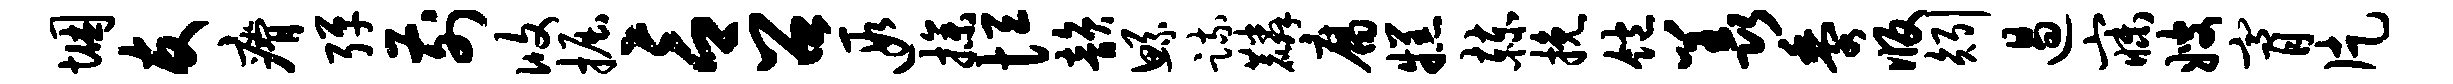
悃友瘠弹前攸掘言召遐操恒韵鲧疏麟腐糕赫挽饱羡黍版矧遏寐嫂膏片